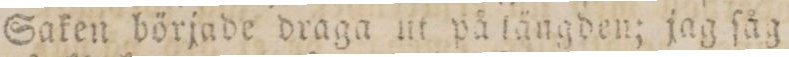
Saken började draga ut på tängden; jag ſåg